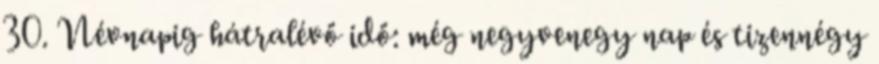
30. Névnapig hátralévő idő: még negyvenegy nap és tizennégy